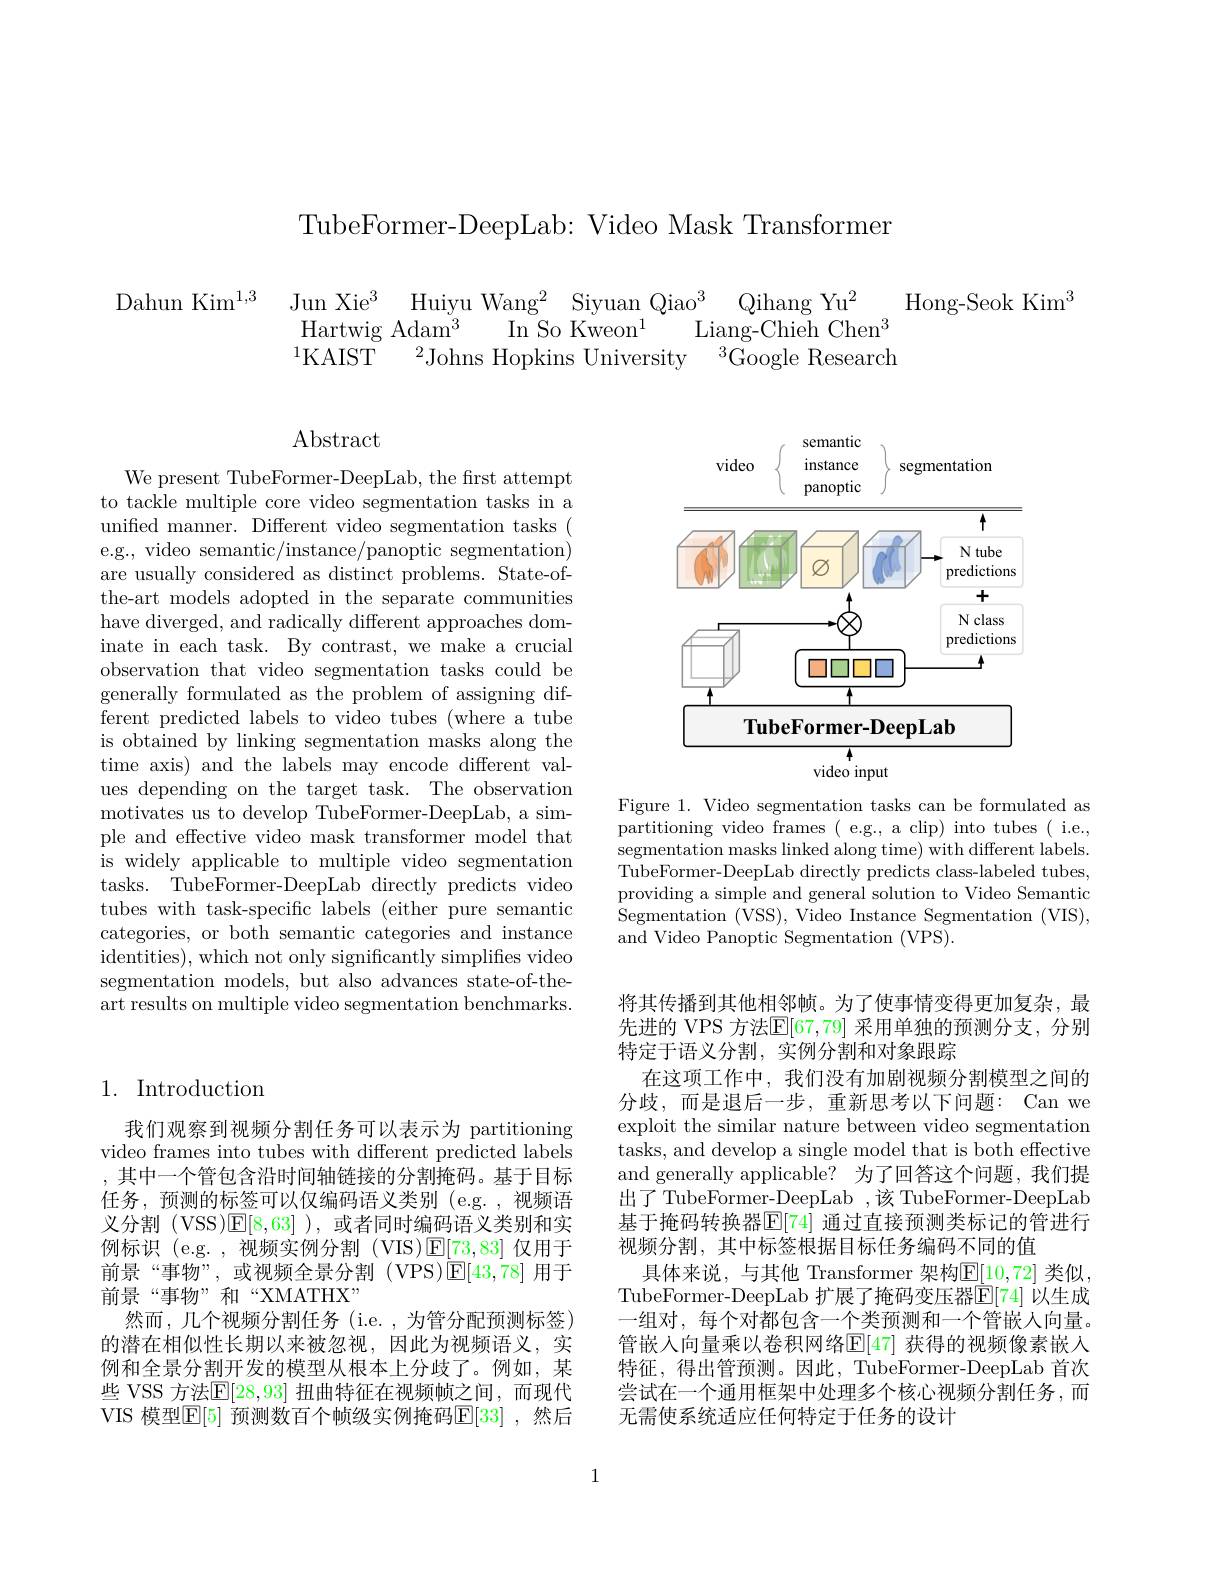
TubeFormer-DeepLab: Video Mask Transformer

Hong-Seok Kim$^3$
$\begin{array}{cc}{\mathrm{Dahun~Kim^{1,3}}}&{\mathrm{Jun~Xie^{3}~Huiyu~Wang^{2}~Siyuan~Qiao^{3}~Qihang~Yu^{2}}}\\{\mathrm{Hartwig~Adam^{3}~In~So~Kweon^{1}~Liang-Chieh~Che}}\end{array}$
Liang-Chieh Chen$^3$
$^{1}$KAIST$^2$Johns Hopkins University$^3$Google Research

## 1. Introduction

我们观察到视频分割任务可以表示为 partitioning video frames into tubes with different predicted labels ,其中一个管包含沿时间轴链接的分割掩码。基于目标任务，预测的标签可以仅编码语义类别 (e.g.,视频语义分割 (VSS)$\mathsf{E}[8,63]$ ),或者同时编码语义类别和实例标识 (e.g. , 视频实例分割 (VIS)$\mathsf{E}[73,83]$仅用于前景“事物”,或视频全景分割(***)$\mathbb{E}[43,78]$用于前景“事物”和“XMATHX”
然而，几个视频分割任务(i.e.,为管分配预测标签) 的潜在相似性长期以来被忽视，因此为视频语义，实例和全景分割开发的模型从根本上分歧了。例如，某些 VSS 方法$\mathbb{E}[28,93]$ 扭曲特征在视频帧之间，而现代VIS 模型$\mathbb{E}[5]$ 预测数百个帧级实例掩码$\mathbb{E}[33]$ ,然后

Abstract

We present TubeFormer-DeepLab, the frst attempt to tackle multiple core video segmentation tasks in a unified manner. Different video segmentation tasks ( e.g., video semantic/instance/panoptic segmentation) are usually considered as distinct problems. State-ofthe-art models adopted in the separate communities have diverged, and radically different approaches dominate in each task. By contrast, we make a crucial observation that video segmentation tasks could be generally formulated as the problem of assigning different predicted labels to video tubes (where a tube is obtained by linking segmentation masks along the time axis) and the labels may encode different values depending on the target task. The observation motivates us to develop TubeFormer-DeepLab, a simple and effective video mask transformer model that is widely applicable to multiple video segmentation tasks. TubeFormer-DeepLab directly predicts video tubes with task-specific labels (either pure semantic categories, or both semantic categories and instance identities), which not only significantly simplifies video segmentation models, but also advances state-of-theart results on multiple video segmentation benchmarks.

<FigureHere>

Figure 1. Video segmentation tasks can be formulated as partitioning video frames ( e.g., a clip) into tubes ( i.e., segmentation masks linked along time) with different labels. $\bar{\text{TubeFormer-DeepLab directly predicts class-labeled tubes,}}$ providing a simple and general solution to Video Semantic Segmentation (VSS), Video Instance Segmentation (VIS), and Video Panoptic Segmentation (***).

将其传播到其他相邻帧。为了使事情变得更加复杂，最先进的 *** 方法$\overline{\mathbb{E}}[67,79]$ 采用单独的预测分支，分别特定于语义分割，实例分割和对象跟踪
在这项工作中，我们没有加剧视频分割模型之间的分歧，而是退后一步，重新思考以下问题：Can we exploit the similar nature between video segmentation tasks, and develop a single model that is both effective and generally applicable? 为了回答这个问题，我们提出了 TubeFormer-DeepLab ,该 TubeFormer-DeepLab 基于掩码转换器$\mathbb{E}[74]$ 通过直接预测类标记的管进行视频分割，其中标签根据目标任务编码不同的值
具体来说，与其他 Transformer 架构$\mathbb{E}[10,72]$ 类似， TubeFormer-DeepLab 扩展了掩码变压器$\mathbb{E}[74]$ 以生成一组对，每个对都包含一个类预测和一个管嵌人向量。管嵌入向量乘以卷积网络$\mathbb{E}[47]$ 获得的视频像素嵌入特征，得出管预测。因此，TubeFormer-DeepLab 首次尝试在一个通用框架中处理多个核心视频分割任务，而无需使系统适应任何特定于任务的设计

1